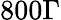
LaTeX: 800\Gamma